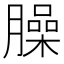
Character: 臊